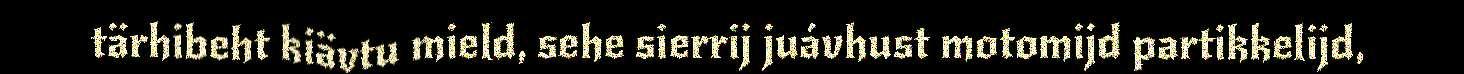
tärhibeht kiävtu mield, sehe sierrij juávhust motomijd partikkelijd,